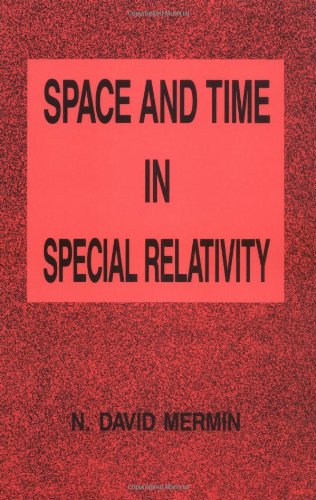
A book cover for Space and Time in Special Relativity; N. David Mermin; Science & Math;